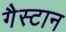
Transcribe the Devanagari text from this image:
गैस्टान